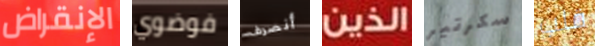
الإنقراض فوضوي أنصرف الذين سكرتير قلب